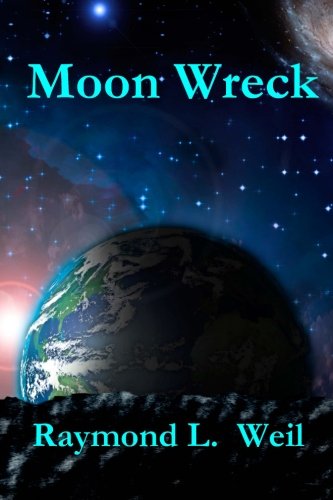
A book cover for Moon Wreck: The Slaver Wars Book One; Raymond L. Weil; Science Fiction & Fantasy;